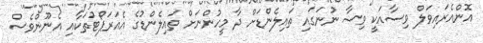
އޮންއެރައިވަލް ވިސާއަކީ ވިސާ ނުނަގައި ތައިލެންޑަށް ދާ މީހުންނަށް ތައިލެންޑުގެ އެއަރަޕޯޓުތަކާއި އެނޫންވެސް